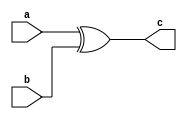
`timescale 1ns / 1ps
//////////////////////////////////////////////////////////////////////////////////
// Company: 
// Engineer: 
// 
// Design Name: 
// Module Name:    XOR 
// Project Name: 
// Target Devices: 
// Tool versions: 
// Description: 
//
// Dependencies: 
//
// Revision: 
// Revision 0.01 - File Created
// Additional Comments: 
//
//////////////////////////////////////////////////////////////////////////////////
module XOR(a,b,c);
input a,b;
output c;
assign c = a^b;

endmodule